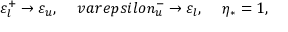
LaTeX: \varepsilon _ { l } ^ { + } \rightarrow \varepsilon _ { u } , \ \ \ \, v a r e p s i l o n _ { u } ^ { - } \rightarrow \varepsilon _ { l } , \ \ \ \, \eta _ { * } = 1 ,